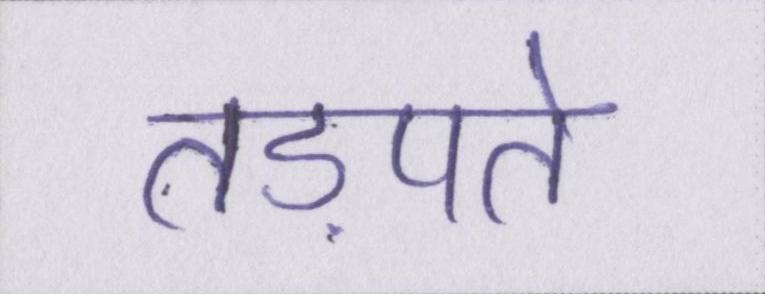
तड़पते